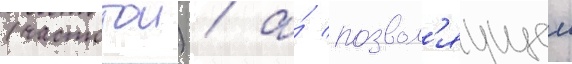
(частотои) / а́ позвол'яущеи